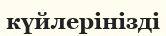
күйлерінізді